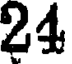
24